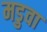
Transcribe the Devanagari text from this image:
मडुवा